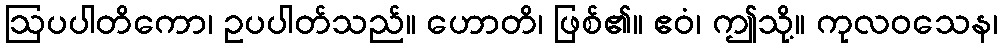
ဩပပါတိကော၊ ဥပပါတ်သည်။ ဟောတိ၊ ဖြစ်၏။ ဧဝံ၊ ဤသို့။ ကုလဝသေန၊